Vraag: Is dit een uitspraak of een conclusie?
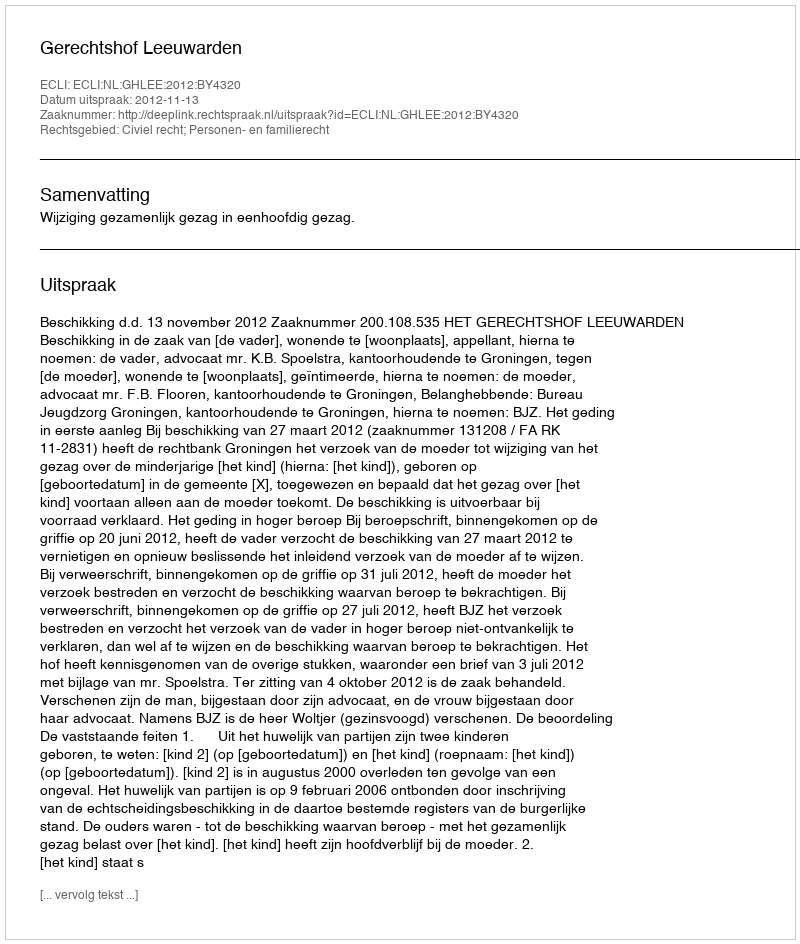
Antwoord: Uitspraak